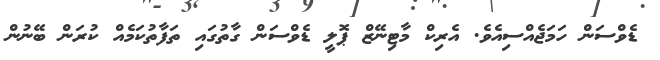
ޑެވްސަން ހަމަޖެއްސިއެވެ. އެރިކް މާޓިނޭޒް ޕޮލީ ޑެވްސަން ގާތުގައި ތަފާތުކަމެއް ކުރަން ބޭނުން